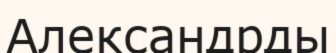
Александрды